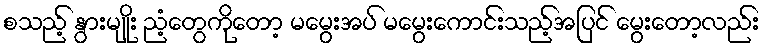
စသည့် နွားမျိုး ညံ့တွေကိုတော့ မမွေးအပ် မမွေးကောင်းသည့်အပြင် မွေးတော့လည်း